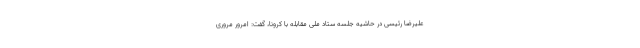
علیرضا رئیسی در حاشیه جلسه ستاد ملی مقابله با کرونا، گفت: امرور مروری